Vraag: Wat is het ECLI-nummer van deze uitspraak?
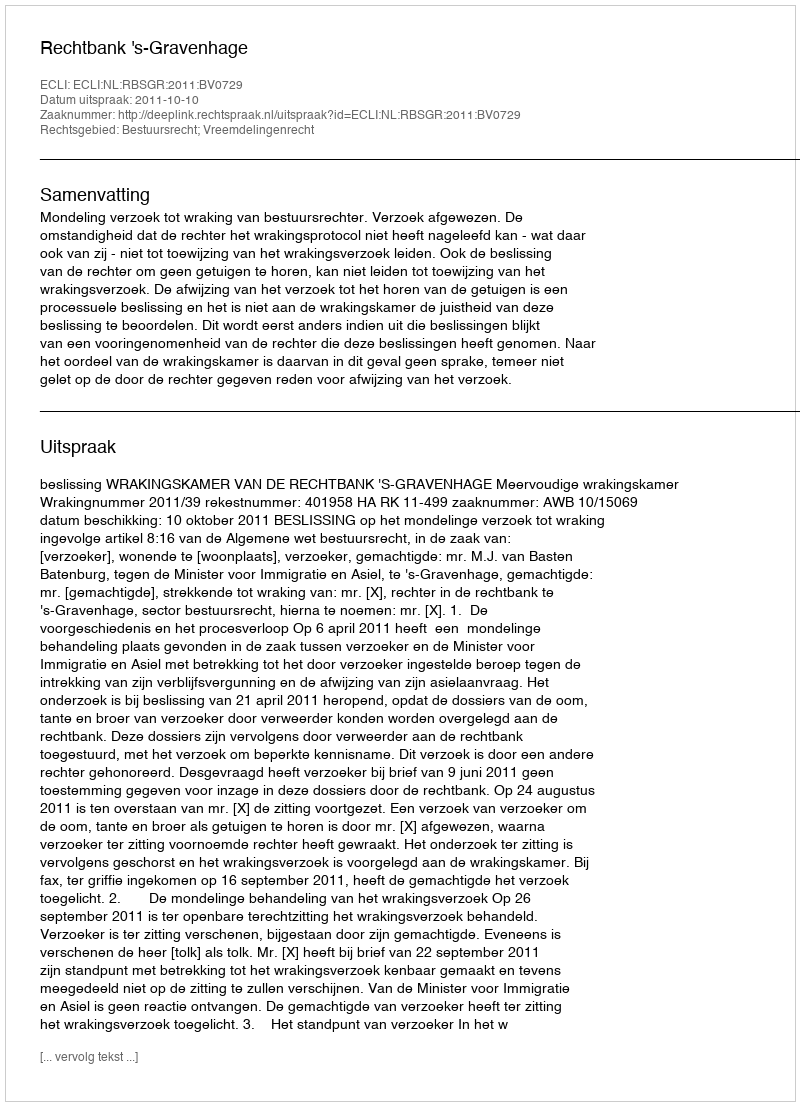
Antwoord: ECLI:NL:RBSGR:2011:BV0729